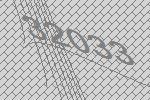
32033